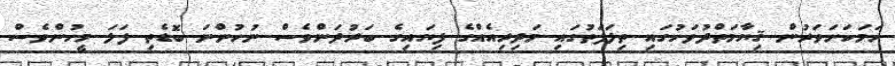
ހަމަކަށަވަރުން ޤިޔާމަތްދުވަހުގައި ތިލަފަތުގައި މަދިރިއެއްގެ ފިޔައިގެ ބަރުދަންވެސް ނުހުންނަ ބޮޑެތި ފަލަ މީހުންވެސް